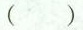
()